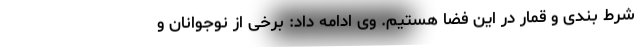
شرط بندی و قمار در این فضا هستیم. وی ادامه داد: برخی از نوجوانان و